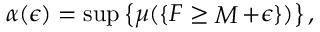
\alpha ( \epsilon ) = \operatorname* { s u p } \left\{ \mu ( \{ F \geq \mathop { M } + \epsilon \} ) \right\} ,